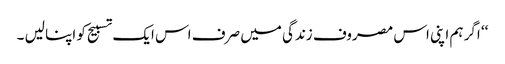
‘‘ اگر ہم اپنی اس مصروف زندگی میں صرف اس ایک تسبیح کو اپنا لیں ۔